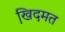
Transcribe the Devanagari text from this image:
खि़दमत